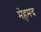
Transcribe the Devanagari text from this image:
मेहमद